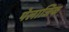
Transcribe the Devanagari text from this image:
पेलाजिक